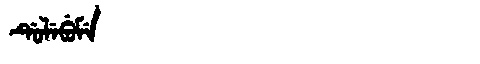
Manchu: ᡩᡠᠯᡝᠪᡠᠮᡝ
Romanization: DULEBUME